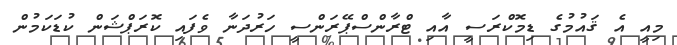
މިއީ އެ ޤައުމުގެ ޑިމޮކްރަސީ އާއި ޓްރާންސްޕޭރަންސީ ހަރުދަނާ ވެފައި ކޮރަޕްޝަން ކުޑަކަމުން